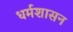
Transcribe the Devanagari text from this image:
धर्मशासन